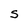
Character: s